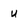
Character: u